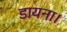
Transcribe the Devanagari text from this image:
डायना।